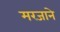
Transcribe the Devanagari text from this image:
मरजाने